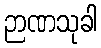
ဉာဏသုခါ